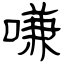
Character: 嗛